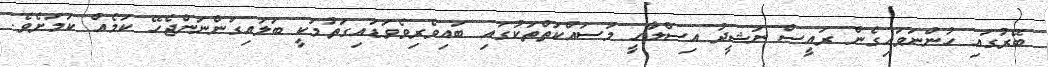
ބޭރުގައި ހުންނަވައިގެން ރައީސް ނަޝީދު އިސްލާހީ މަސައްކަތްތަކުގައި ބައިވެރިވެވަޑައިގަތުމަކީ ބަލައިގަންނަންޖެހޭ ކަމެއް ކަމަށެވެ.